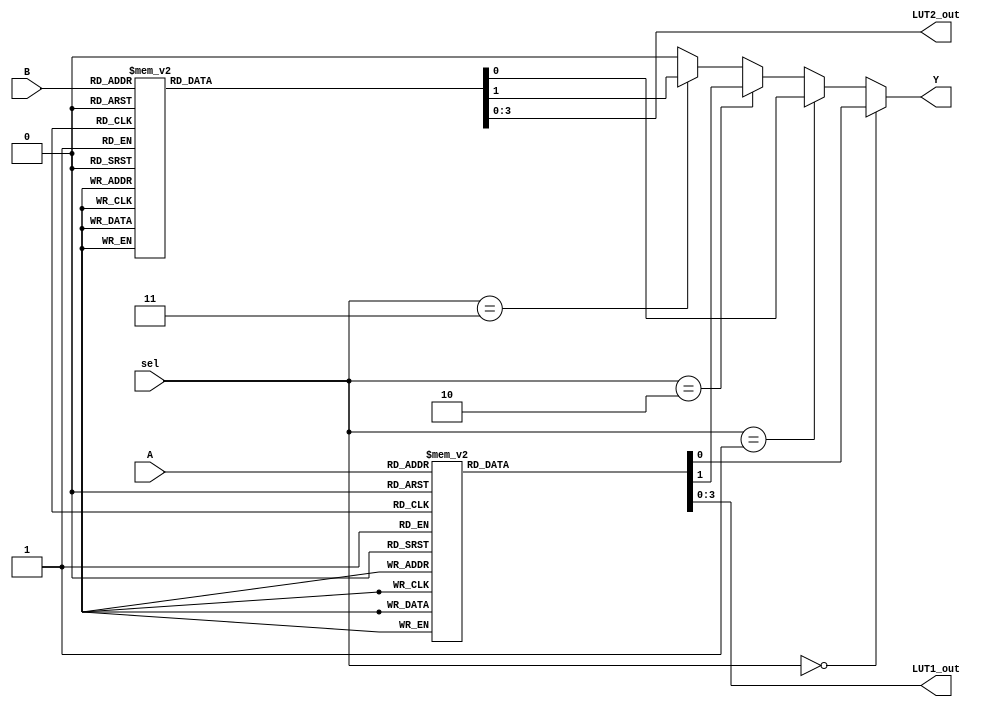
module CLB (
    input wire [3:0] A,          // 4-bit input for LUT1
    input wire [3:0] B,          // 4-bit input for LUT2
    input wire [1:0] sel,        // Control signal for selecting output
    output wire Y,               // Output of the CLB
    output wire [3:0] LUT1_out,  // Output of LUT1
    output wire [3:0] LUT2_out    // Output of LUT2
);

// Look-Up Table 1 (LUT1) - 4-input LUT
reg [15:0] LUT1; // 16 possible combinations for 4 inputs
always @(*) begin
    case (A)
        4'b0000: LUT1 = 16'b0000000000000001; // Example function
        4'b0001: LUT1 = 16'b0000000000000010; // Example function
        4'b0010: LUT1 = 16'b0000000000000100; // Example function
        4'b0011: LUT1 = 16'b0000000000001000; // Example function
        4'b0100: LUT1 = 16'b0000000000010000; // Example function
        4'b0101: LUT1 = 16'b0000000000100000; // Example function
        4'b0110: LUT1 = 16'b0000000001000000; // Example function
        4'b0111: LUT1 = 16'b0000000010000000; // Example function
        4'b1000: LUT1 = 16'b0000000100000000; // Example function
        4'b1001: LUT1 = 16'b0000001000000000; // Example function
        4'b1010: LUT1 = 16'b0000010000000000; // Example function
        4'b1011: LUT1 = 16'b0000100000000000; // Example function
        4'b1100: LUT1 = 16'b0001000000000000; // Example function
        4'b1101: LUT1 = 16'b0010000000000000; // Example function
        4'b1110: LUT1 = 16'b0100000000000000; // Example function
        4'b1111: LUT1 = 16'b1000000000000000; // Example function
        default: LUT1 = 16'b0000000000000000; // Default case
    endcase
end
assign LUT1_out = LUT1;

// Look-Up Table 2 (LUT2) - 4-input LUT
reg [15:0] LUT2; // 16 possible combinations for 4 inputs
always @(*) begin
    case (B)
        4'b0000: LUT2 = 16'b0000000000000001; // Example function
        4'b0001: LUT2 = 16'b0000000000000010; // Example function
        4'b0010: LUT2 = 16'b0000000000000100; // Example function
        4'b0011: LUT2 = 16'b0000000000001000; // Example function
        4'b0100: LUT2 = 16'b0000000000010000; // Example function
        4'b0101: LUT2 = 16'b0000000000100000; // Example function
        4'b0110: LUT2 = 16'b0000000001000000; // Example function
        4'b0111: LUT2 = 16'b0000000010000000; // Example function
        4'b1000: LUT2 = 16'b0000000100000000; // Example function
        4'b1001: LUT2 = 16'b0000001000000000; // Example function
        4'b1010: LUT2 = 16'b0000010000000000; // Example function
        4'b1011: LUT2 = 16'b0000100000000000; // Example function
        4'b1100: LUT2 = 16'b0001000000000000; // Example function
        4'b1101: LUT2 = 16'b0010000000000000; // Example function
        4'b1110: LUT2 = 16'b0100000000000000; // Example function
        4'b1111: LUT2 = 16'b1000000000000000; // Example function
        default: LUT2 = 16'b0000000000000000; // Default case
    endcase
end
assign LUT2_out = LUT2;

// Output selection based on control signal
assign Y = (sel == 2'b00) ? LUT1_out[0] : // Select output from LUT1
           (sel == 2'b01) ? LUT2_out[0] : // Select output from LUT2
           (sel == 2'b10) ? LUT1_out[1] : // Select another output from LUT1
           (sel == 2'b11) ? LUT2_out[1] : // Select another output from LUT2
           1'b0; // Default output

endmodule